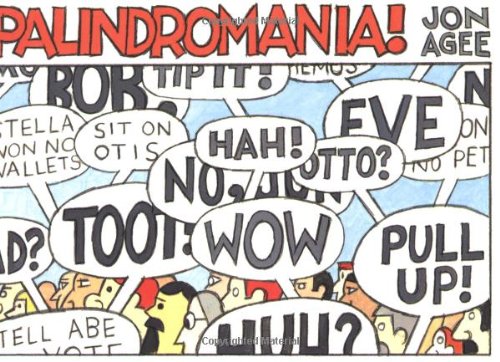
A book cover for Palindromania! (Sunburst Books); Jon Agee; Humor & Entertainment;